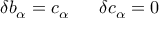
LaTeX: \delta b _ { \alpha } = c _ { \alpha } \; \; \; \; \; \; \delta c _ { \alpha } = 0